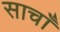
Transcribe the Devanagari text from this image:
साचाँ